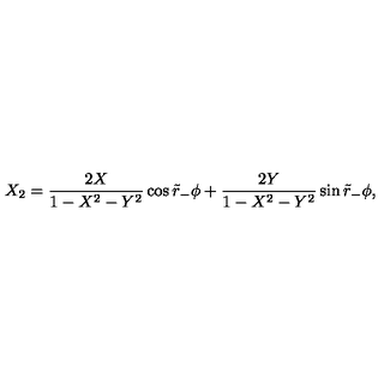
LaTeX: X _ { 2 } = { \frac { 2 X } { 1 - X ^ { 2 } - Y ^ { 2 } } } \cos \tilde { r } _ { - } \phi + { \frac { 2 Y } { 1 - X ^ { 2 } - Y ^ { 2 } } } \sin \tilde { r } _ { - } \phi ,